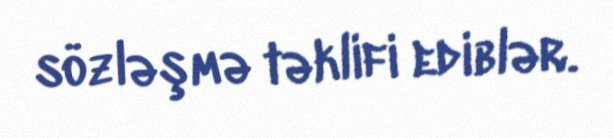
sözləşmə təklifi ediblər.